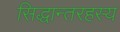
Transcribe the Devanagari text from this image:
सिद्धान्तरहस्य